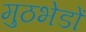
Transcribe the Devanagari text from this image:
मुठभेडों